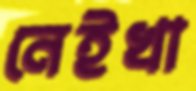
নেইখা